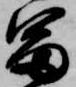
富